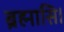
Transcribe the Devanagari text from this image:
ब्रह्मासि।